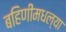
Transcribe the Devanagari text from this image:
बहिणींमधल्या